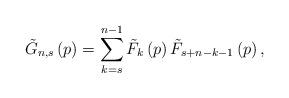
LaTeX: \begin{align*}\tilde{{G}}_{n,s}\left( p\right) =\sum\limits_{k=s}^{n-1}{\tilde{{F}}_{k}\left( p\right) \tilde{{F}}_{s+n-k-1}\left( p\right) ,} \end{align*}